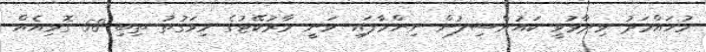
މުހައްމަދު ވިދާޅުވީ ކައުންސިލުން ނިންމާފައި ވަނީ މާރުކޭޓުގެ މިވަގުތު ތިބި 58 ގޮޅިއެއް